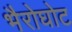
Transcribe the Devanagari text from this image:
भैरोघोट